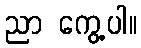
ညာ ကွေ့ပါ။